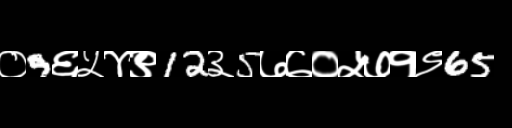
Text: ०9६५४९12३5७७०५७१९65